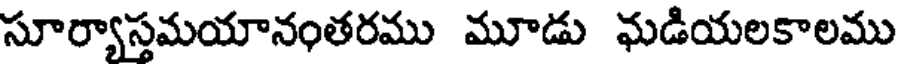
సూర్యాస్తమయానంతరము మూడు ఘడియలకాలము